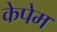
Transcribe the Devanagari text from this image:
केपेम